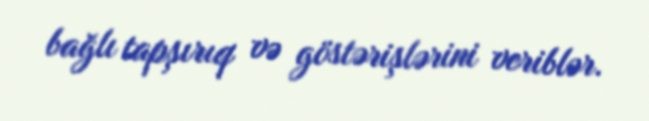
bağlı tapşırıq və göstərişlərini veriblər.